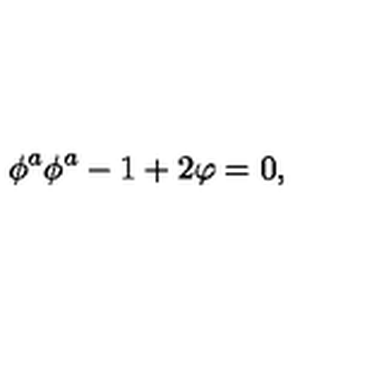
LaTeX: \phi ^ { a } \phi ^ { a } - 1 + 2 \varphi = 0 ,